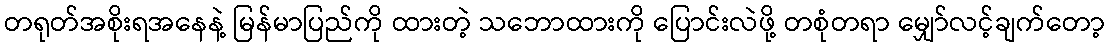
တရုတ်အစိုးရအနေနဲ့ မြန်မာပြည်ကို ထားတဲ့ သဘောထားကို ပြောင်းလဲဖို့ တစုံတရာ မျှော်လင့်ချက်တော့